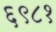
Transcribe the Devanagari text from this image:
६९८१